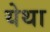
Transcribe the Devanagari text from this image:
येथा